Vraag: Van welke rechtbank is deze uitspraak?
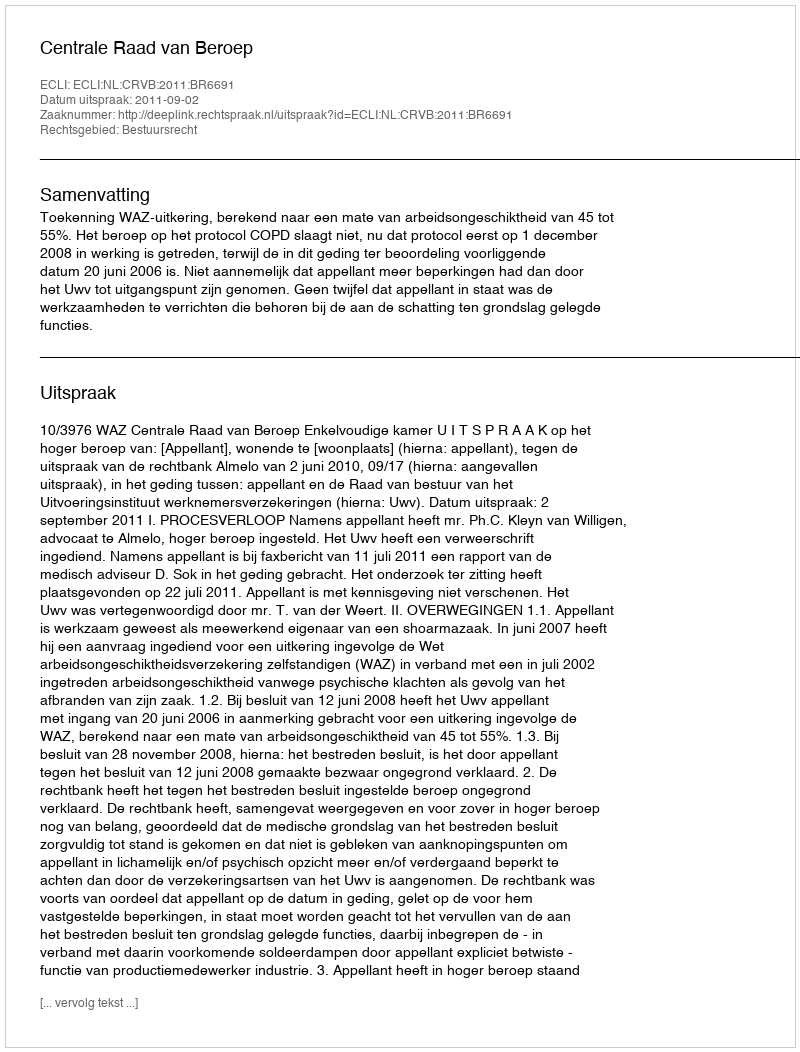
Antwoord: Centrale Raad van Beroep